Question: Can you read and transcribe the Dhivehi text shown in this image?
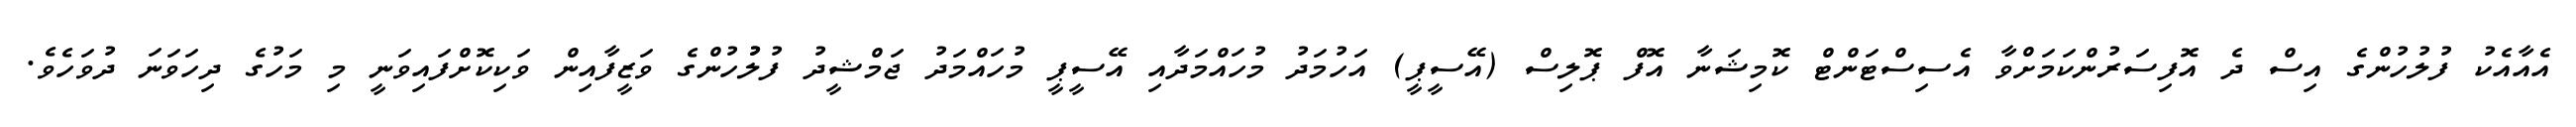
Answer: އެއާއެކު ފުލުހުންގެ އިސް ދެ އޮފިސަރުންކަމަށްވާ އެސިސްޓަންޓް ކޮމިޝަނާ އޮފް ޕޮލިސް (އޭސީޕީ) އަހުމަދު މުހައްމަދާއި އޭސީޕީ މުހައްމަދު ޖަމްޝީދު ފުލުުހުންގެ ވަޒީފާއިން ވަކިކޮށްފައިވަނީ މި މަހުގެ ދިހަވަނަ ދުވަހެވެ.